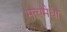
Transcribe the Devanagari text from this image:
सत्यमेधा